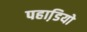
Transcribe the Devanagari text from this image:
पहाडि़यो